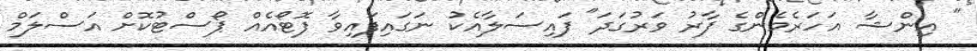
" އިންޝާ އަހަރެމެންގެ ފާރު ވަރުގަދަ" ފައިސަލާއެކު ނަގައިފައިވާ ފޮޓޯއެއް ޕޯސްޓުކޮށް އަސްލަމް